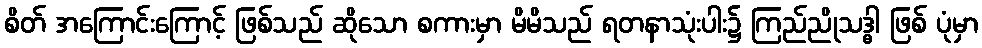
စိတ် အကြောင်းကြောင့် ဖြစ်သည် ဆိုသော စကားမှာ မိမိသည် ရတနာသုံးပါး၌ ကြည်ညိုသဒ္ဓါ ဖြစ် ပုံမှာ